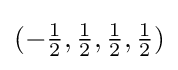
(-{\tfrac {1}{2}},{\tfrac {1}{2}},{\tfrac {1}{2}},{\tfrac {1}{2}})